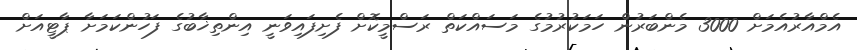
އެމްއާރުއެމަށް 3000 މެންބަރުން ހަމަކުރުމުގެ މަސައްކަތް ރަސްމީކޮށް ފެށިފައިވަނީ އިންތިޚާބުގެ ފަހުންކަމަށާ ޕާޓީއަށް